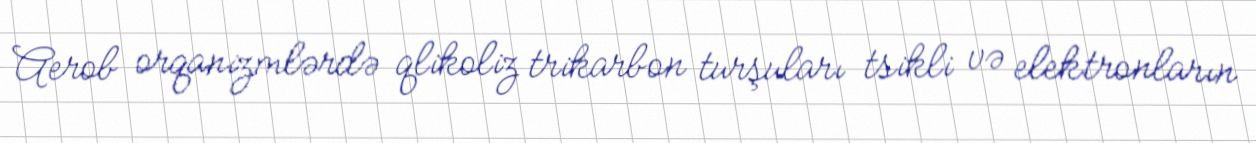
Aerob orqanizmlərdə qlikoliz trikarbon turşuları tsikli və elektronların